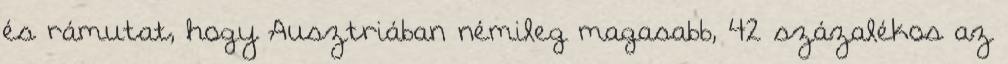
és rámutat, hogy Ausztriában némileg magasabb, 42 százalékos az